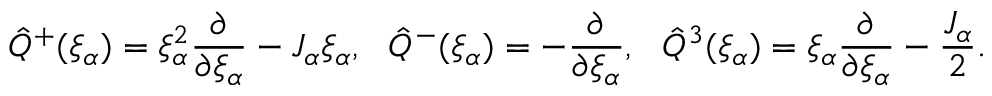
\hat { Q } ^ { + } ( \xi _ { \alpha } ) = \xi _ { \alpha } ^ { 2 } \frac { \partial } { \partial \xi _ { \alpha } } - J _ { \alpha } \xi _ { \alpha } , \ \ \hat { Q } ^ { - } ( \xi _ { \alpha } ) = - \frac { \partial } { \partial \xi _ { \alpha } } , \ \ \hat { Q } ^ { 3 } ( \xi _ { \alpha } ) = \xi _ { \alpha } \frac { \partial } { \partial \xi _ { \alpha } } - \frac { J _ { \alpha } } { 2 } .